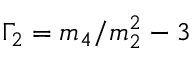
\Gamma _ { 2 } = m _ { 4 } / m _ { 2 } ^ { 2 } - 3